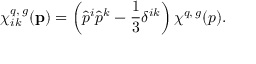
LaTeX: \chi _ { i k } ^ { q , \, g } ( { \mathbf p } ) = \left( \hat { p } ^ { i } \hat { p } ^ { k } - \frac { 1 } { 3 } \delta ^ { i k } \right) \chi ^ { q , \, g } ( p ) .